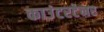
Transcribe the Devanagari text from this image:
काउंटरटेनर